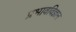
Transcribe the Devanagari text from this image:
प्रभावविज्ञान